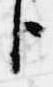
臣